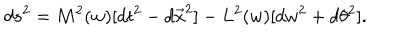
LaTeX: d s ^ { 2 } = M ^ { 2 } ( w ) [ d t ^ { 2 } - d \vec { x } ^ { 2 } ] - L ^ { 2 } ( w ) [ d w ^ { 2 } + d \theta ^ { 2 } ] .